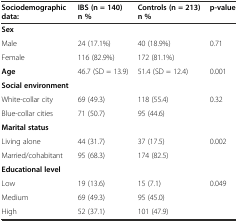
| Sociodemographic data: | IBS (n = 140) n % | Controls (n = 213) n % | p-value |
 | --- | --- | --- | --- |
 | Sex |  |  |  |
 | Male | 24 (17.1%) | 40 (18.9%) | 0.71 |
 | Female | 116 (82.9%) | 172 (81.1%) |  |
 | Age | 46.7 (SD = 13.9) | 51.4 (SD = 12.4) | 0.001 |
 | Social environment |  |  |  |
 | White-collar city | 69 (49.3) | 118 (55.4) | <ROWSPAN=2> 0.32 |
 | Blue-collar cities | 71 (50.7) | 95 (44.6) |
 | Marital status |  |  |  |
 | Living alone | 44 (31.7) | 37 (17.5) | <ROWSPAN=2> 0.002 |
 | Married/cohabitant | 95 (68.3) | 174 (82.5) |
 | Educational level |  |  |  |
 | Low | 19 (13.6) | 15 (7.1) | <ROWSPAN=3> 0.049 |
 | Medium | 69 (49.3) | 95 (45.0) |
 | High | 52 (37.1) | 101 (47.9) |